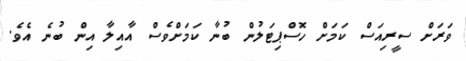
ވަރަށް ސީރިއަސް ކަމަށް ހޮސްޕިޓަލުން ބުނާ ކަމަށްވެސް އާއިލާ އިން ބުނެ އެވެ.